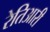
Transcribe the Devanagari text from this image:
रेतिआरी